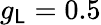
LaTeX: g_{\mathsf{L}}=0.5